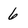
Character: 6